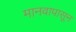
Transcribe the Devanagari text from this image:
मानवापासून